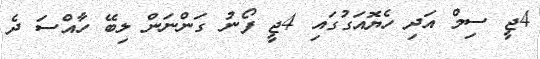
4ޖީ ސިމް އަދި ހެޔޮއަގުގައި 4ޖީ ފޯނު ގަންނަން ލިބޭ ހާއްސަ ދެ